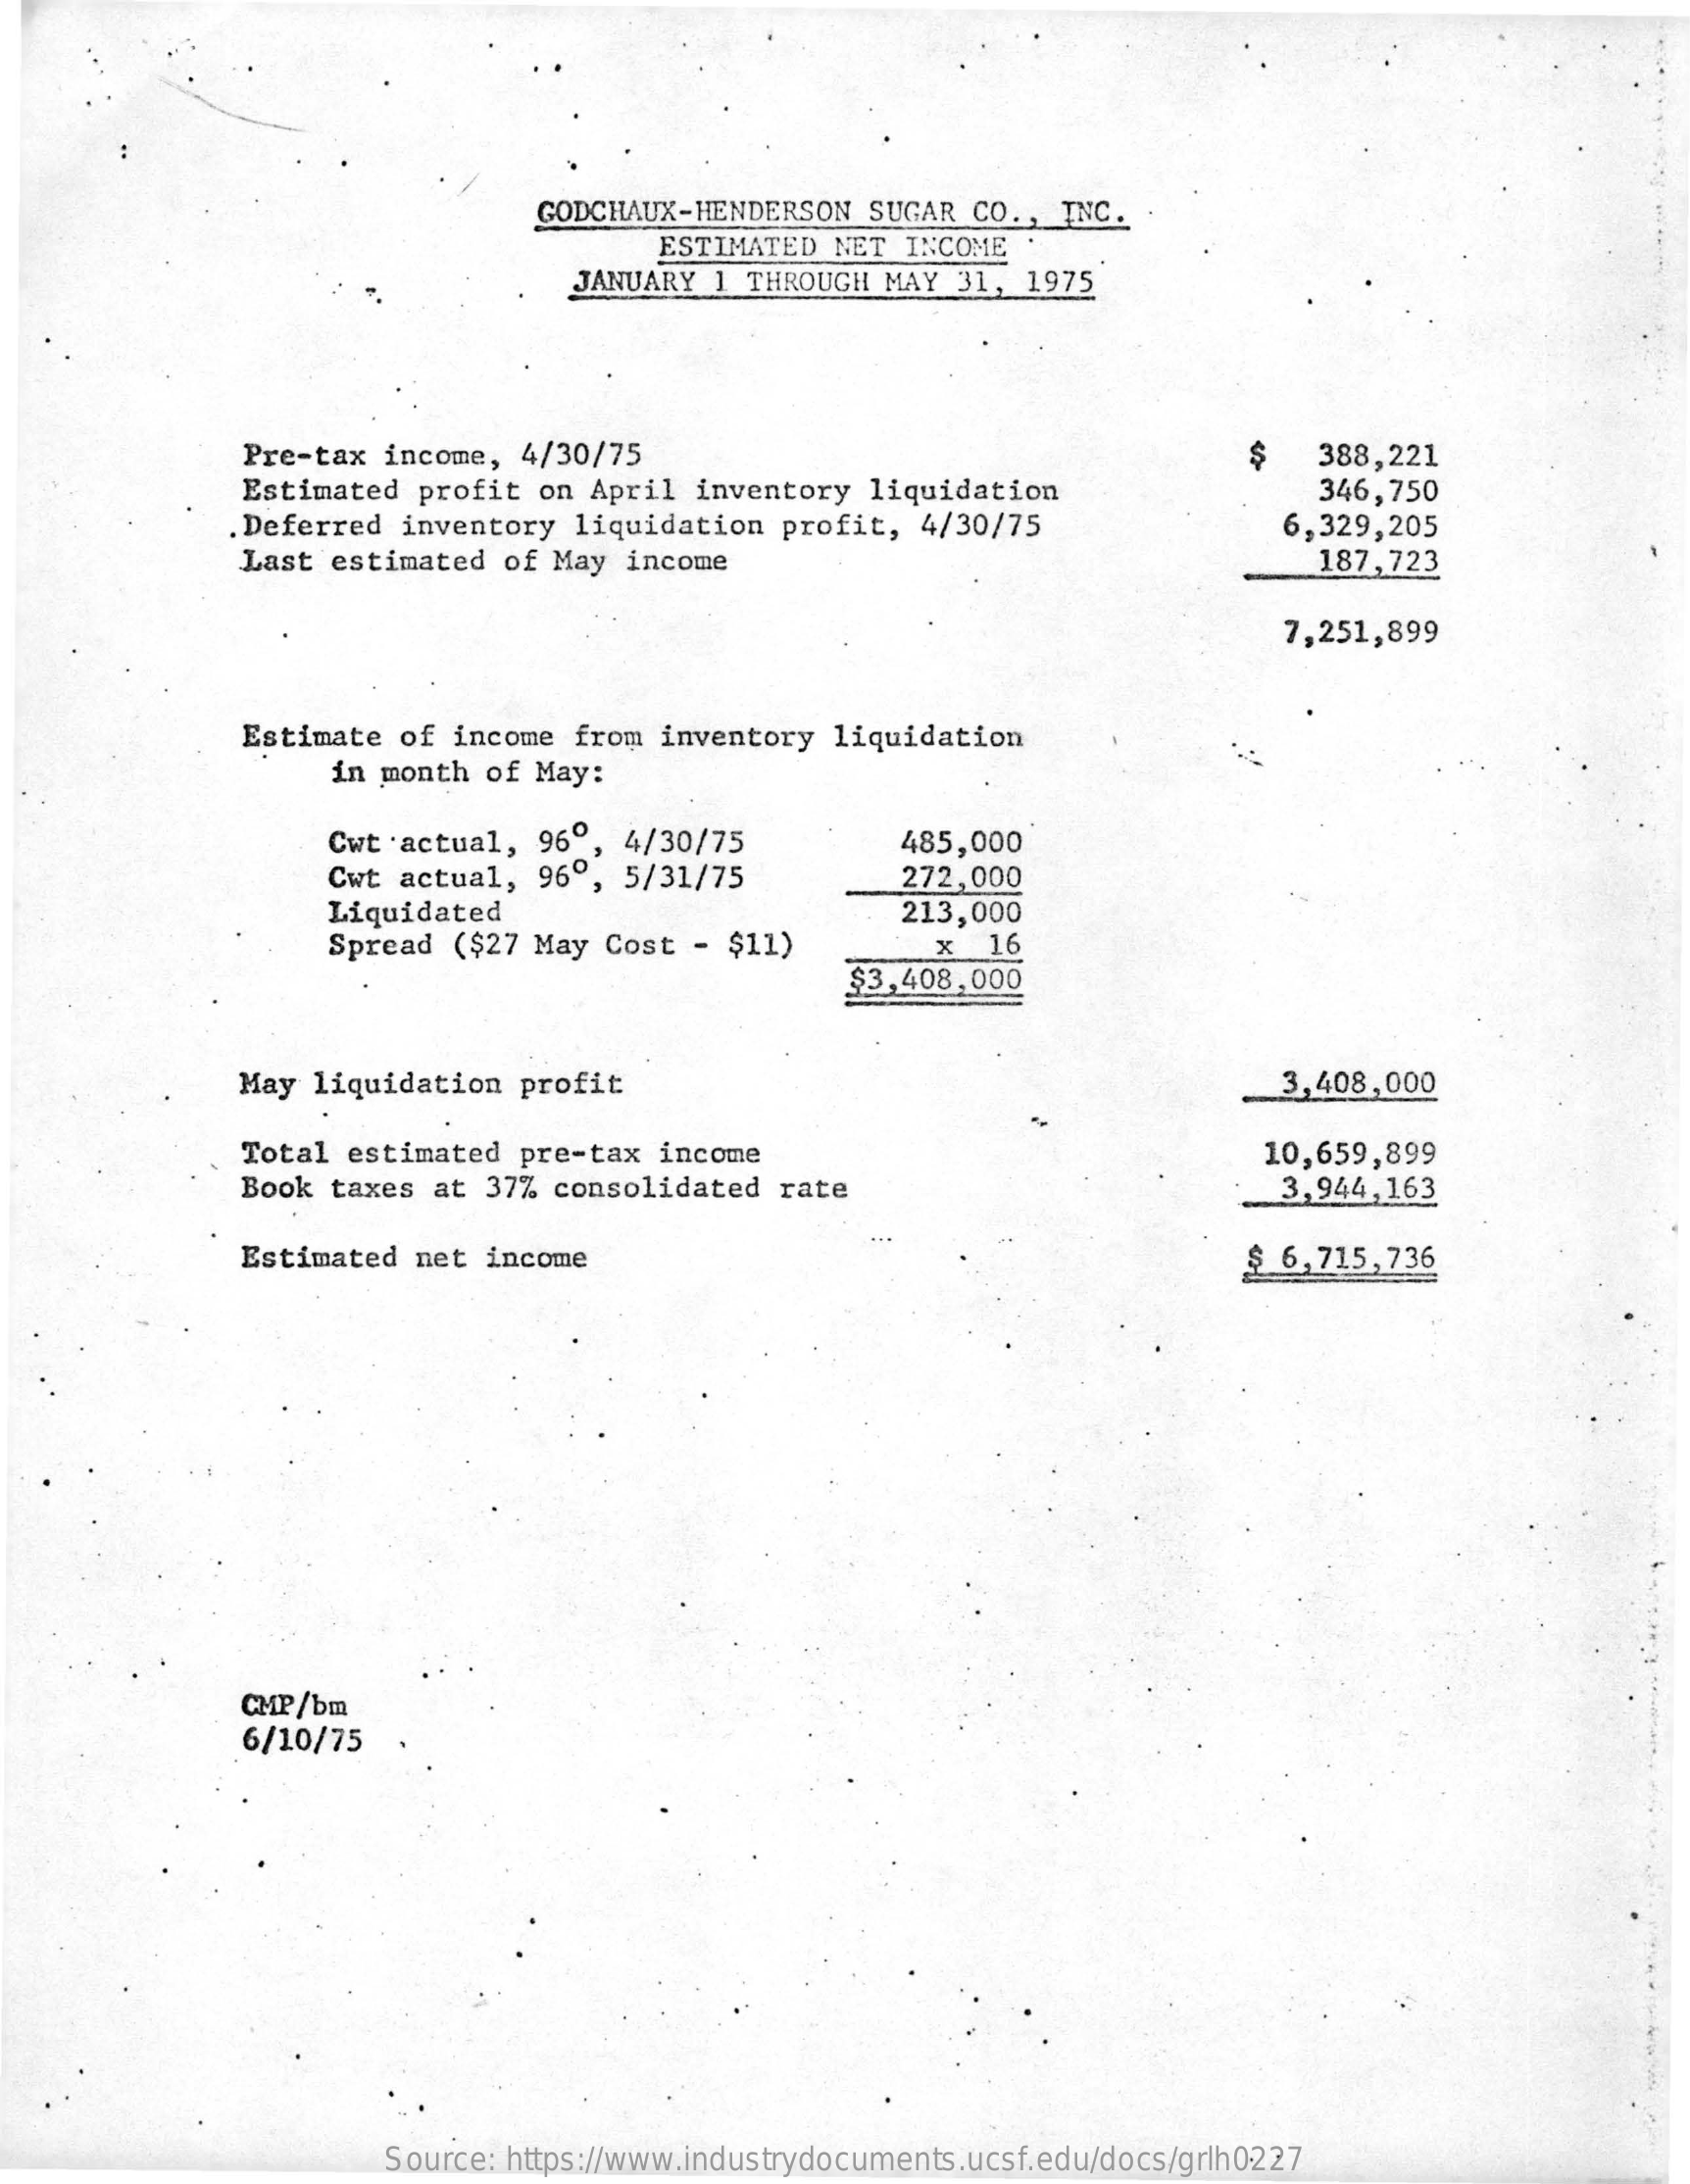
GODCHAUX-HENDERSON   SUGAR  CO ., INC.
     ESTIMATED  NET  INCOME
     JANUARY  1  THROUGH MAY  31,  1975
     Pre-tax  income,  4/30/75    $    388,221
     Estimated  profit  on April  inventory  liquidation    346,750
     .Deferred  inventory  liquidation   profit,  4/30/75
     Last  estimated  of May  income
     6,329,205
     187,723
     7,251,899
     Estimate  of income  from  inventory  liquidation
     in month  of May:
     Cwt 'actual, 96º, 4/30/75    485,000
     Cwt  actual,  96º,  5/31/75    272,000
     Liquidated
     Spread ($27  May Cost  - $11)
     213,000
     x  16
     $3,408,000
     May liquidation   profit    3,408,000
     Total  estimated  pre-tax  income
     Book  taxes at  37% consolidated  rate
     10,659,899
     3,944,163
     Estimated  net  income    $ 6,715,736
     CMP/bm
     6/10/75
     Source: https://www.industrydocuments.ucsf.edu/docs/grlh0227